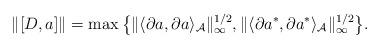
LaTeX: \begin{gather*}\|[D, a]\|=\max \big\{\|\langle{\partial} a, {\partial} a\rangle_{\mathcal A}\|_\infty^{1/2},\|\langle{\partial} a^*,{\partial} a^*\rangle_{\mathcal A}\|_\infty^{1/2} \big\}.\end{gather*}